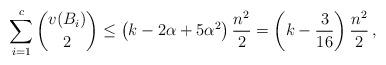
LaTeX: \begin{align*}\sum_{i=1}^c \binom{v(B_i)}{2} \leq \left(k-2\alpha+5\alpha^2\right)\frac{n^2}{2} = \left(k-\frac{3}{16}\right)\frac{n^2}{2}\,,\end{align*}